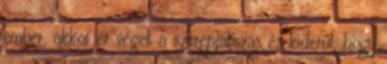
ember, akkor ér véget a szerepjátszás és kiderül, hogy